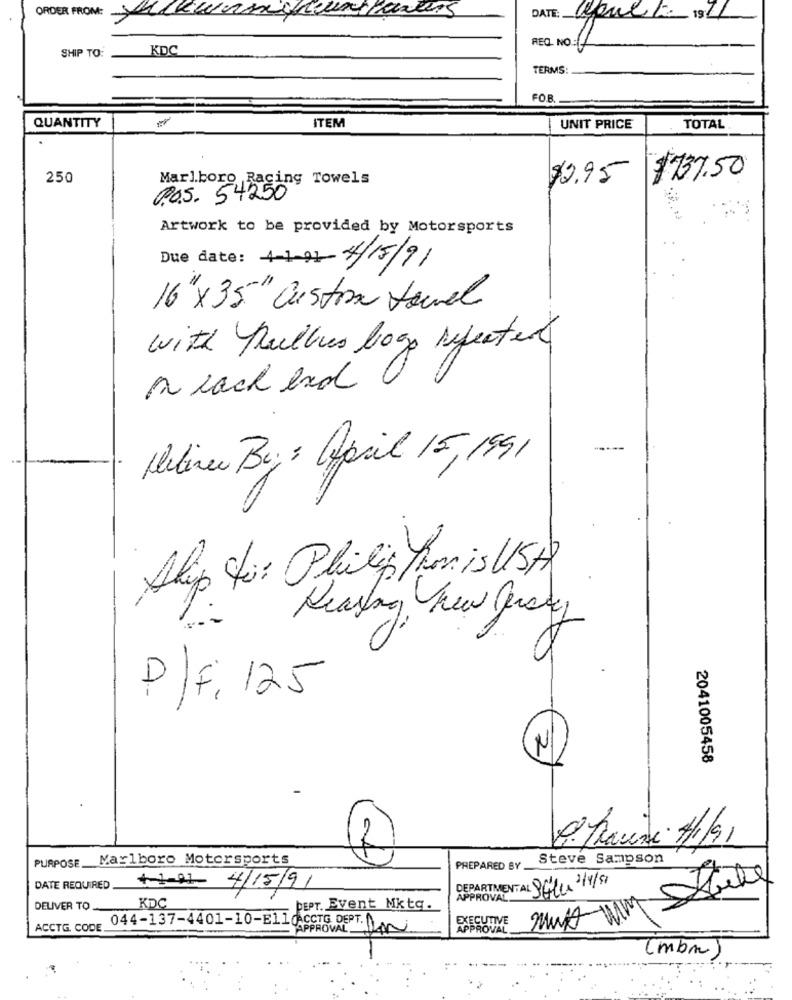
ORDER FROM: Klewns
DATE:
apult 19: 11
REQ. NO .:
SHIP TO:
KDC
TERMS
FOB
ITEM
QUANTITY
|UNIT PRICE
TOTAL
250
Marlboro Racing Towels
$9.95
$737.50
005. 54250
Artwork to be provided by Motorsports
Due date: 4-1-01 4/15/91
16"x35" Custom Jawel
with Rulles logo rejected
a lack end
-----
Metiner By: April 15, 1991
Skip to: Philip Thon is USA
Rearing, New Jersey
P/F, 125
2041005458
Marlboro Motorsports
Steve Sampson
PURPOSE.
PREPARED BY
+1-91-
DATE REQUIRED
4/15/91
DEPARTMENT AL SELU 31/51
APPROVAL.
DELIVER TO
KDC
PEPT. Event Mktq.
EXECUTIVE
Must win
ACCTG. CODE_
044-137-4401-10-E11000CTG DEPT. AN
APPROVAL.
APPROVAL
(mbm)